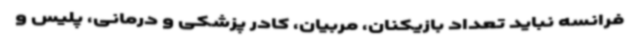
فرانسه نباید تعداد بازیکنان، مربیان، کادر پزشکی و درمانی، پلیس و